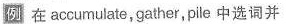
例 在 accumulate，gather，pile 中选词并